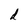
Character: d